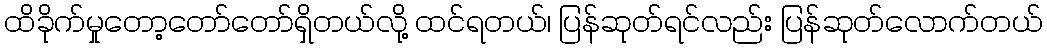
ထိခိုက်မှုတော့တော်တော်ရှိတယ်လို့ ထင်ရတယ်၊ ပြန်ဆုတ်ရင်လည်း ပြန်ဆုတ်လောက်တယ်